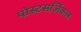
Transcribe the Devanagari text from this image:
पोस्टसर्जिकल